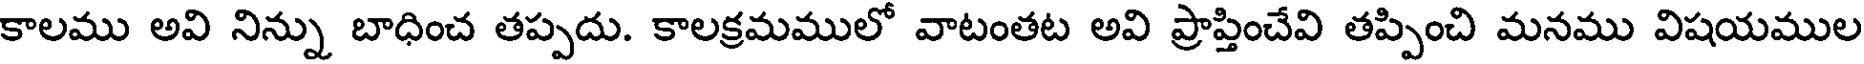
కాలము అవి నిన్ను బాధించ తప్పదు. కాలక్రమములో వాటంతట అవి ప్రాప్తించేవి తప్పించి మనము విషయముల